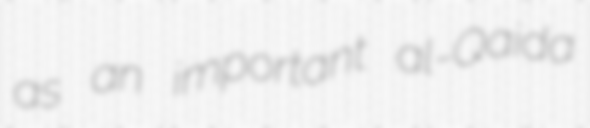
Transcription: as an important al-Qaida